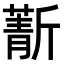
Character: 𣃄